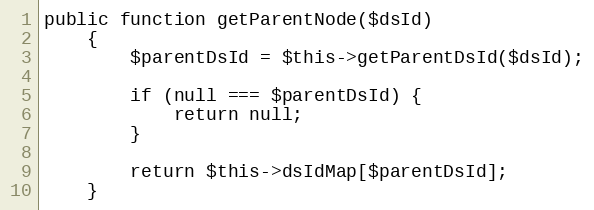
Language: PHP
public function getParentNode($dsId)
    {
        $parentDsId = $this->getParentDsId($dsId);

        if (null === $parentDsId) {
            return null;
        }

        return $this->dsIdMap[$parentDsId];
    }